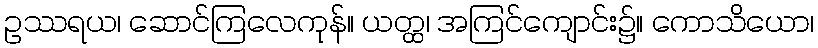
ဥဿရယ၊ ဆောင်ကြလေကုန်။ ယတ္ထ၊ အကြင်ကျောင်း၌။ ကောသိယော၊